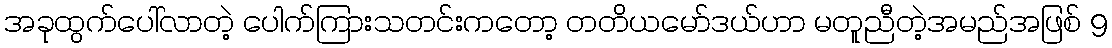
အခုထွက်ပေါ်လာတဲ့ ပေါက်ကြားသတင်းကတော့ တတိယမော်ဒယ်ဟာ မတူညီတဲ့အမည်အဖြစ် 9